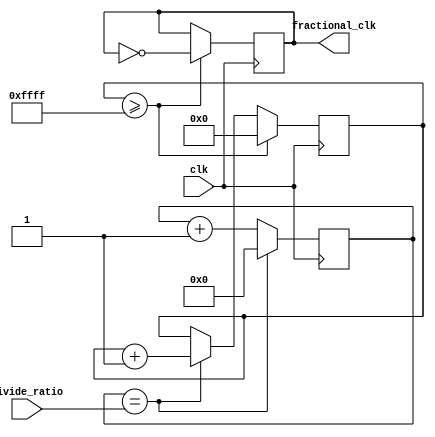
module fractional_clock_divider(
    input clk,
    input [7:0] divide_ratio,
    output reg fractional_clk
);

reg [7:0] count;
reg [31:0] accumulator;

always @(posedge clk) begin
    count <= count + 1;
    if (count == divide_ratio) begin
        accumulator <= accumulator + 1;
        count <= 0;
    end
    if (accumulator >= ((1 << 16) - 1)) begin
        accumulator <= 0;
        fractional_clk <= ~fractional_clk;
    end
end

endmodule